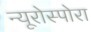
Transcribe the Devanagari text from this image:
न्यूरोस्पोरा